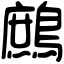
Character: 鷓